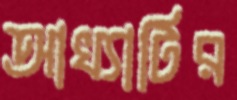
আখ্যাটির